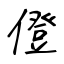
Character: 僜